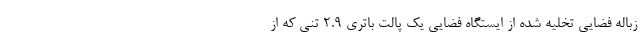
زباله فضایی تخلیه شده از ایستگاه فضایی یک پالت باتری ۲.۹ تنی که از